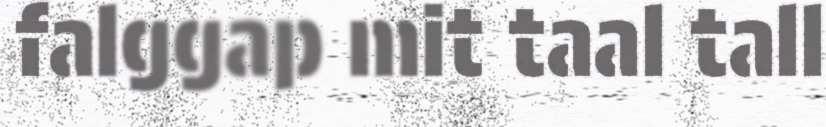
falggap mit taal tall